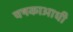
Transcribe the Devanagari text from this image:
चषकाआधी